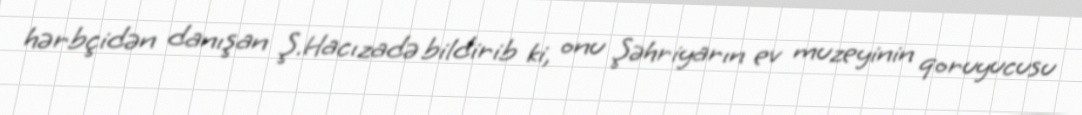
hərbçidən danışan Ş.Hacızadə bildirib ki, onu Şəhriyarın ev muzeyinin qoruyucusu